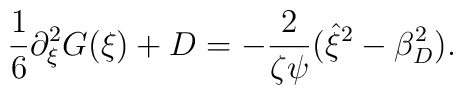
\frac{1}{6} \partial_\xi^2 G(\xi) + D = -\frac{2}{\zeta \psi}  (\hat{\xi}^2 - \beta_D^2).